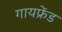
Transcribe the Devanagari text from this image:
गायफ्रेंड